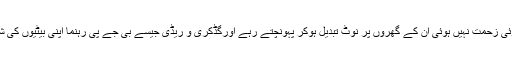
امیر کبیر بے ایمان سرمایہ داروں کو کوئی زحمت نہیں ہوئی ان کے گھروں پر نوٹ تبدیل ہوکر پہونچتے رہے اورگڈکری و ریڈی جیسے بی جے پی رہنما اپنی بیٹیوں کی شادی پر ہزاروں کروڈ خرچ کرتے رہے۔